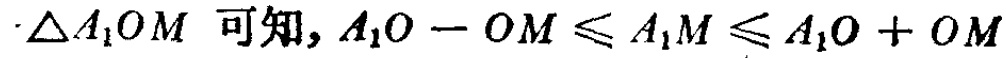
$\triangle A_{1}OM\ 可知, A_{1}O - OM \leq A_{1}M \leq A_{1}O + OM$